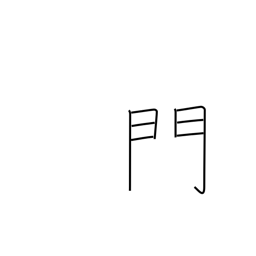
Meaning: gate